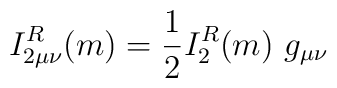
I_{2\mu\nu}^R(m) = \frac{1}{2} I_{2}^R(m) \ g_{\mu\nu}